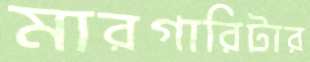
মারগারিটার